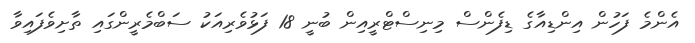
އެންމެ ފަހުން އިންޑިއާގެ ޑިފެންސް މިނިސްޓްރީއިން ބުނީ 18 ފަޅުވެރިއަކު ސަބްމެރީންގައި ތާށިވެފައިވާ